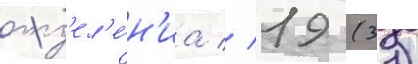
отд'ел'е́н'иа // 19 (31)